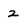
Character: 2